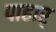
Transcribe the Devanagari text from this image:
पाहार्